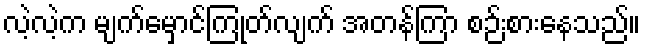
လဲ့လဲ့က မျက်မှောင်ကြုတ်လျက် အတန်ကြာ စဉ်းစားနေသည်။